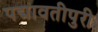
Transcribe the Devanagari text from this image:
पद्मावतीपुरी